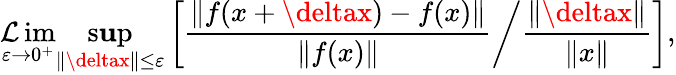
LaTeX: \operatorname*{\mathcal{L}im}_{\varepsilon\to0^{+}}\operatorname*{s\mathbf{u}p}_{\| \deltax\| \leq\varepsilon}\left[\left.{\frac{{\left\| f(x+\deltax)-f(x)\right\| }}{{\| f(x)\| }}}\right/{\frac{{\| \deltax\| }}{{\| x\| }}}\right],